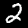
Digit: 2